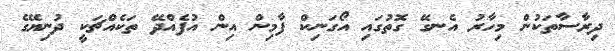
ދިރާސާތަކުން މިހާރު އެނގޭ ގޮތުގައި އޯގަނިކް ފާމިން އިން އުފެއްދޭ ތަކެއްޗަކީ ދުނިޔޭގެ